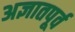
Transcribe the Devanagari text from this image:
अज्ञातपूर्व